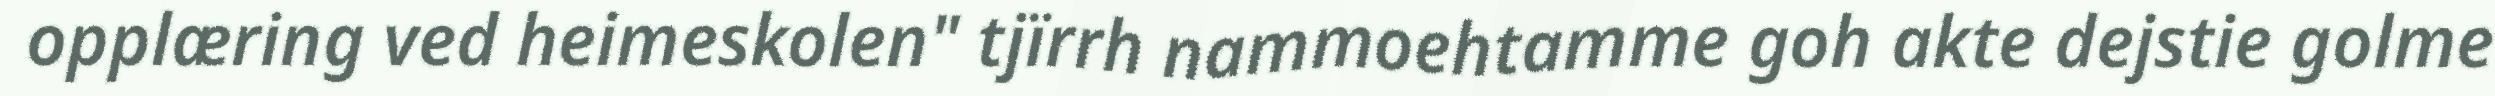
opplæring ved heimeskolen" tjïrrh nammoehtamme goh akte dejstie golme